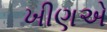
ખીણએ